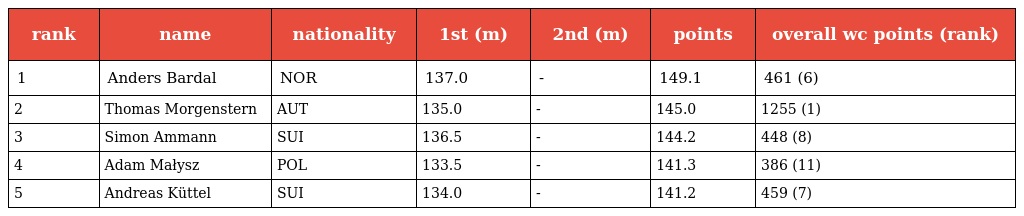
| rank | name | nationality | 1st (m) | 2nd (m) | points | overall wc points (rank) |
 | --- | --- | --- | --- | --- | --- | --- |
 | 1 | Anders Bardal | NOR | 137.0 | - | 149.1 | 461 (6) |
 | 2 | Thomas Morgenstern | AUT | 135.0 | - | 145.0 | 1255 (1) |
 | 3 | Simon Ammann | SUI | 136.5 | - | 144.2 | 448 (8) |
 | 4 | Adam Małysz | POL | 133.5 | - | 141.3 | 386 (11) |
 | 5 | Andreas Küttel | SUI | 134.0 | - | 141.2 | 459 (7) |